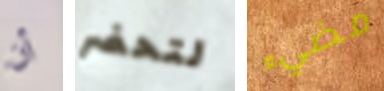
أن لتحضر مضيء